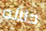
خلاله